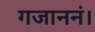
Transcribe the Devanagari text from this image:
गजाननं।